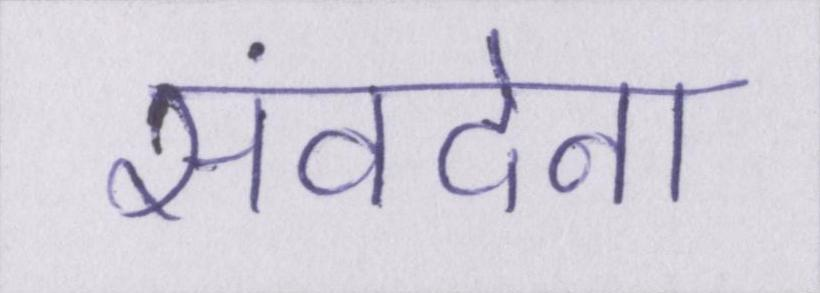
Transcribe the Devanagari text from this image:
संवदेना